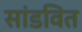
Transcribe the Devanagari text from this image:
सांडवित